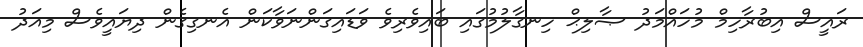
ރައީސް އިބުރާހިމް މުހައްމަދު ޞާލިޙް ހިނގާލުމުގައި ބައިވެރިވެ ވަޑައިގަންނަވާކަން އެނގިގެން ދިޔައީވެސް މިއަދު